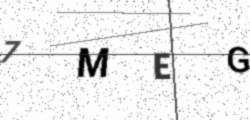
Text: 7MEG